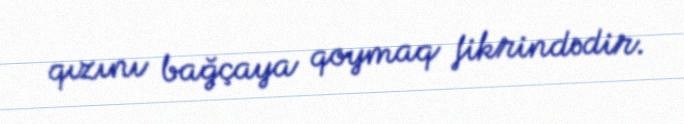
qızını bağçaya qoymaq fikrindədir.